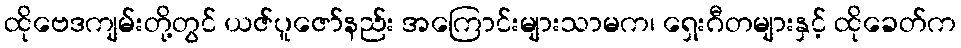
ထိုဗေဒကျမ်းတို့တွင် ယဇ်ပူဇော်နည်း အကြောင်းများသာမက၊ ရှေးဂီတများနှင့် ထိုခေတ်က